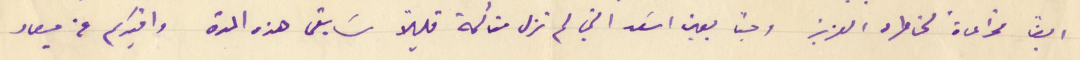
ايضاً مراعاة لخاطره العزيز وحباً بعين اسَعد التي لم تزل متألمة قليلاً سَابقى هذه المرة وافيدكم عن ميعاد